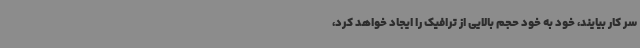
سر کار بیایند، خود به خود حجم بالایی از ترافیک را ایجاد خواهد کرد،